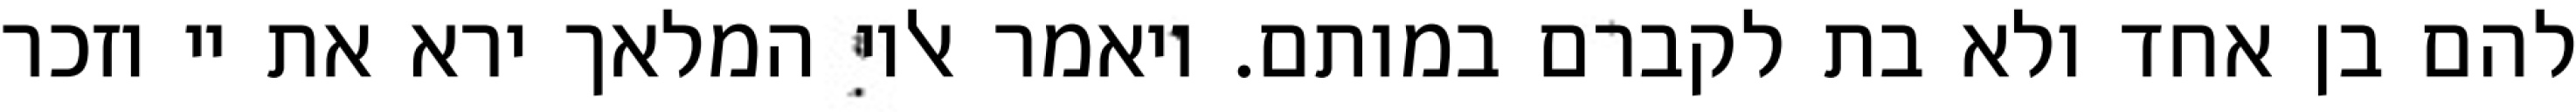
להם בן אחד ולא בת לקברם במותם. ויאמר אליו המלאך ירא את יי וזכר